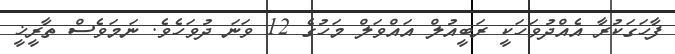
ފާހަގަކުރާ އެއްދުވަހަކީ ރަބީއުލް އައްވަލް މަހުގެ 12 ވަނަ ދުވަހެވެ. ނަމަވެސް ތާރީޚީ